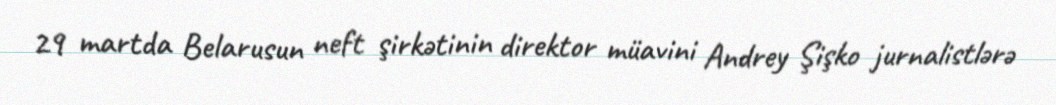
29 martda Belarusun neft şirkətinin direktor müavini Andrey Şişko jurnalistlərə